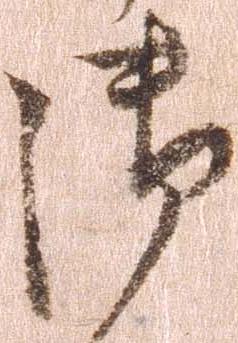
御